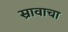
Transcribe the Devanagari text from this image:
स्रावाचा